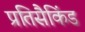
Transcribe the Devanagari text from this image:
प्रतिसैकिंड